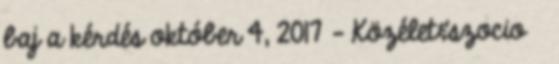
baj a kérdés október 4, 2017 - Közélet&szocio